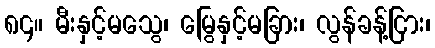
၈၄။ မီးနှင့်မသွေ၊ မြွေနှင့်မခြား၊ လွန်ခန့်ငြား၊